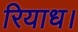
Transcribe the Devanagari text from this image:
रियाध।